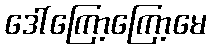
ဒေါ်ကြော့ကြော့မေ